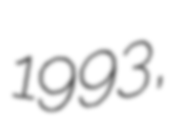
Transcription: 1993,